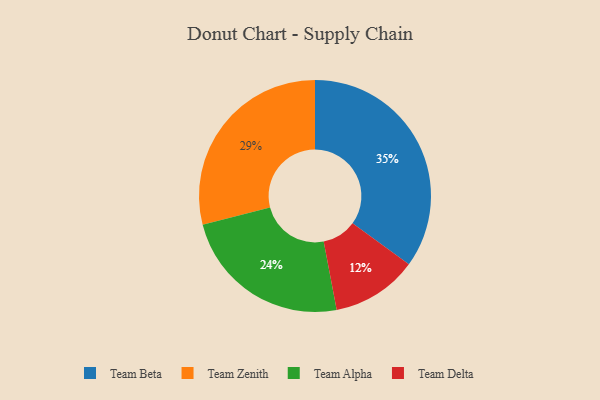
{"axis": {"x": "Category", "y": "Percentage"}, "legend": ["Team Alpha", "Team Beta", "Team Delta", "Team Zenith"], "data": [{"x": "Team Alpha", "y": 24, "type": "Team Alpha"}, {"x": "Team Beta", "y": 35, "type": "Team Beta"}, {"x": "Team Zenith", "y": 29, "type": "Team Zenith"}, {"x": "Team Delta", "y": 12, "type": "Team Delta"}]}